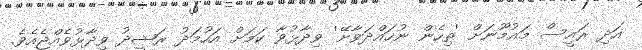
އަދި ރައީސް މައުމޫނަށް 'ތިހެން ނުހައްދަވާށޭ' ވިދާޅުވާ ކަމަށް އަހުމަދު ރަޝީދު ވިދާޅުވެއްޖެއެވެ.